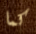
كما